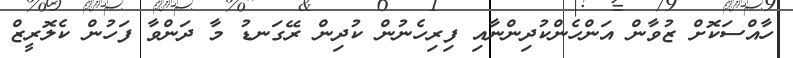
ހާއްސަކޮށް ޒުވާން އަންހެންކުދިންނާއި ފިރިހެނުން ކުދިން ރޭގަނޑު މާ ދަންވާ ފަހުން ކެލޮރީޒް